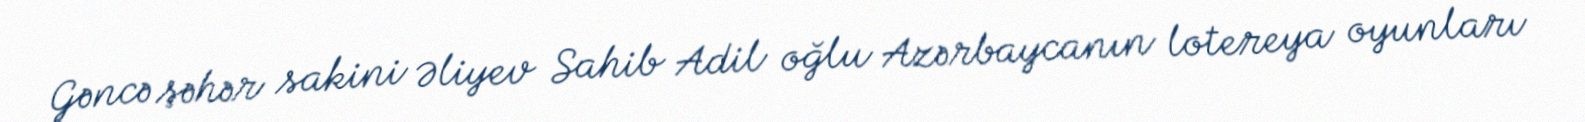
Gəncə şəhər sakini Əliyev Sahib Adil oğlu Azərbaycanın lotereya oyunları